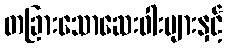
တခြားသောဆေးဝါးများနှင့်